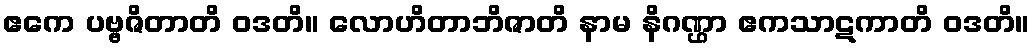
ဧကေ ပဗ္ဗဇိတာတိ ဝဒတိ။ လောဟိတာဘိဇာတိ နာမ နိဂဏ္ဌာ ဧကသာဋကာတိ ဝဒတိ။